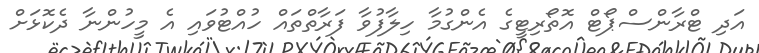
އަދި ޓްރާންސްޕޯޓް އޮތޯރިޓީގެ އެންގުމާ ހިލާފުވާ ފަރާތްތައް ހުއްޓުވައި އެ މީހުންނާ ދެކޮޅަށް